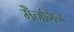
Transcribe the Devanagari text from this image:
मैनगिन